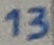
Text: 13